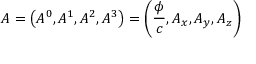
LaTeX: A = \left( A ^ { 0 } , A ^ { 1 } , A ^ { 2 } , A ^ { 3 } \right) = \left( { \frac { \phi } { c } } , A _ { x } , A _ { y } , A _ { z } \right)